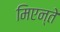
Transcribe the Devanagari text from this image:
मिएन्ते